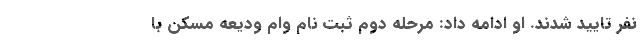
نفر تایید شدند. او ادامه داد: مرحله دوم ثبت نام وام ودیعه مسکن با